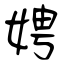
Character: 娉